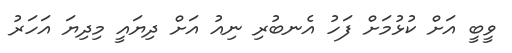
ވީބީ އަށް ކުޅުމަށް ފަހު އެނބުރި ނިއު އަށް ދިޔައީ މިދިޔަ އަހަރު